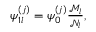
\begin{array} { r } { \psi _ { 1 l } ^ { ( j ) } = \psi _ { 0 } ^ { ( j ) } \frac { \mathcal { M } _ { l } } { \mathcal { N } _ { l } } , } \end{array}